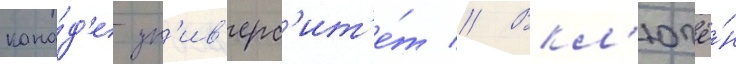
кана́д'е ун'ив'ерс'ит'е́т // Вкл'ючё́н